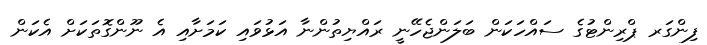
ފިންގަރ ޕްރިންޓުގެ ސައްހަކަން ބަލަންޖެހޭނީ ރައްޔިތުންނާ އަޅުވައި ކަމަށާއި އެ ނޫންގޮތަކަށް އެކަން